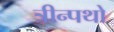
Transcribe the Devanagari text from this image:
त्रीन्पथो